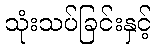
သုံးသပ်ခြင်းနှင့်